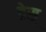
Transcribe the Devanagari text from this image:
डेस्